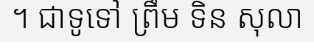
។ ជាទូទៅ ព្រឹម ទិន សុលា